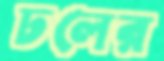
ঢলের